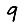
Digit: 9